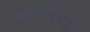
બસરીએ